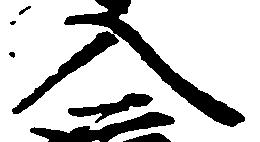
入